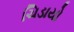
ચિડાયો